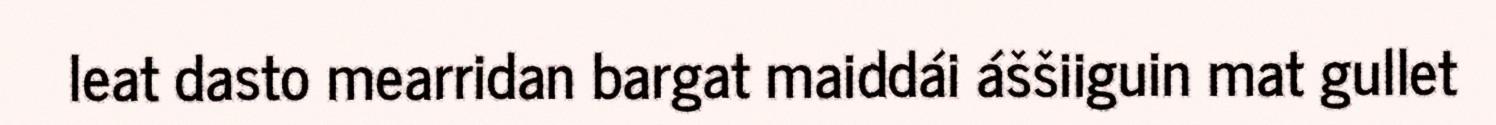
leat dasto mearridan bargat maiddái áššiiguin mat gullet